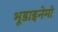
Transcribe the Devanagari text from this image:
भूडाइनेमो